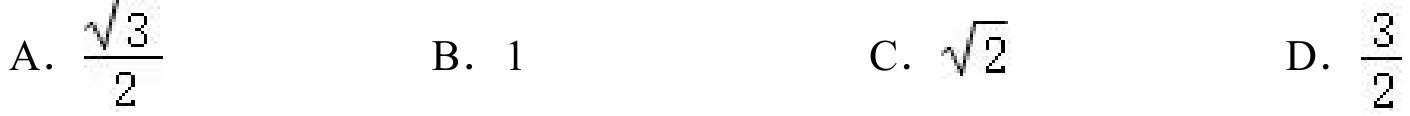
A. $\dfrac{\sqrt{3}}{2}$  B. $1$  C. $\sqrt{2}$  D. $\dfrac{3}{2}$